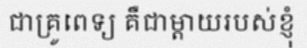
ជាគ្រូពេទ្យ គឺជាម្តាយរបស់ខ្ញុំ